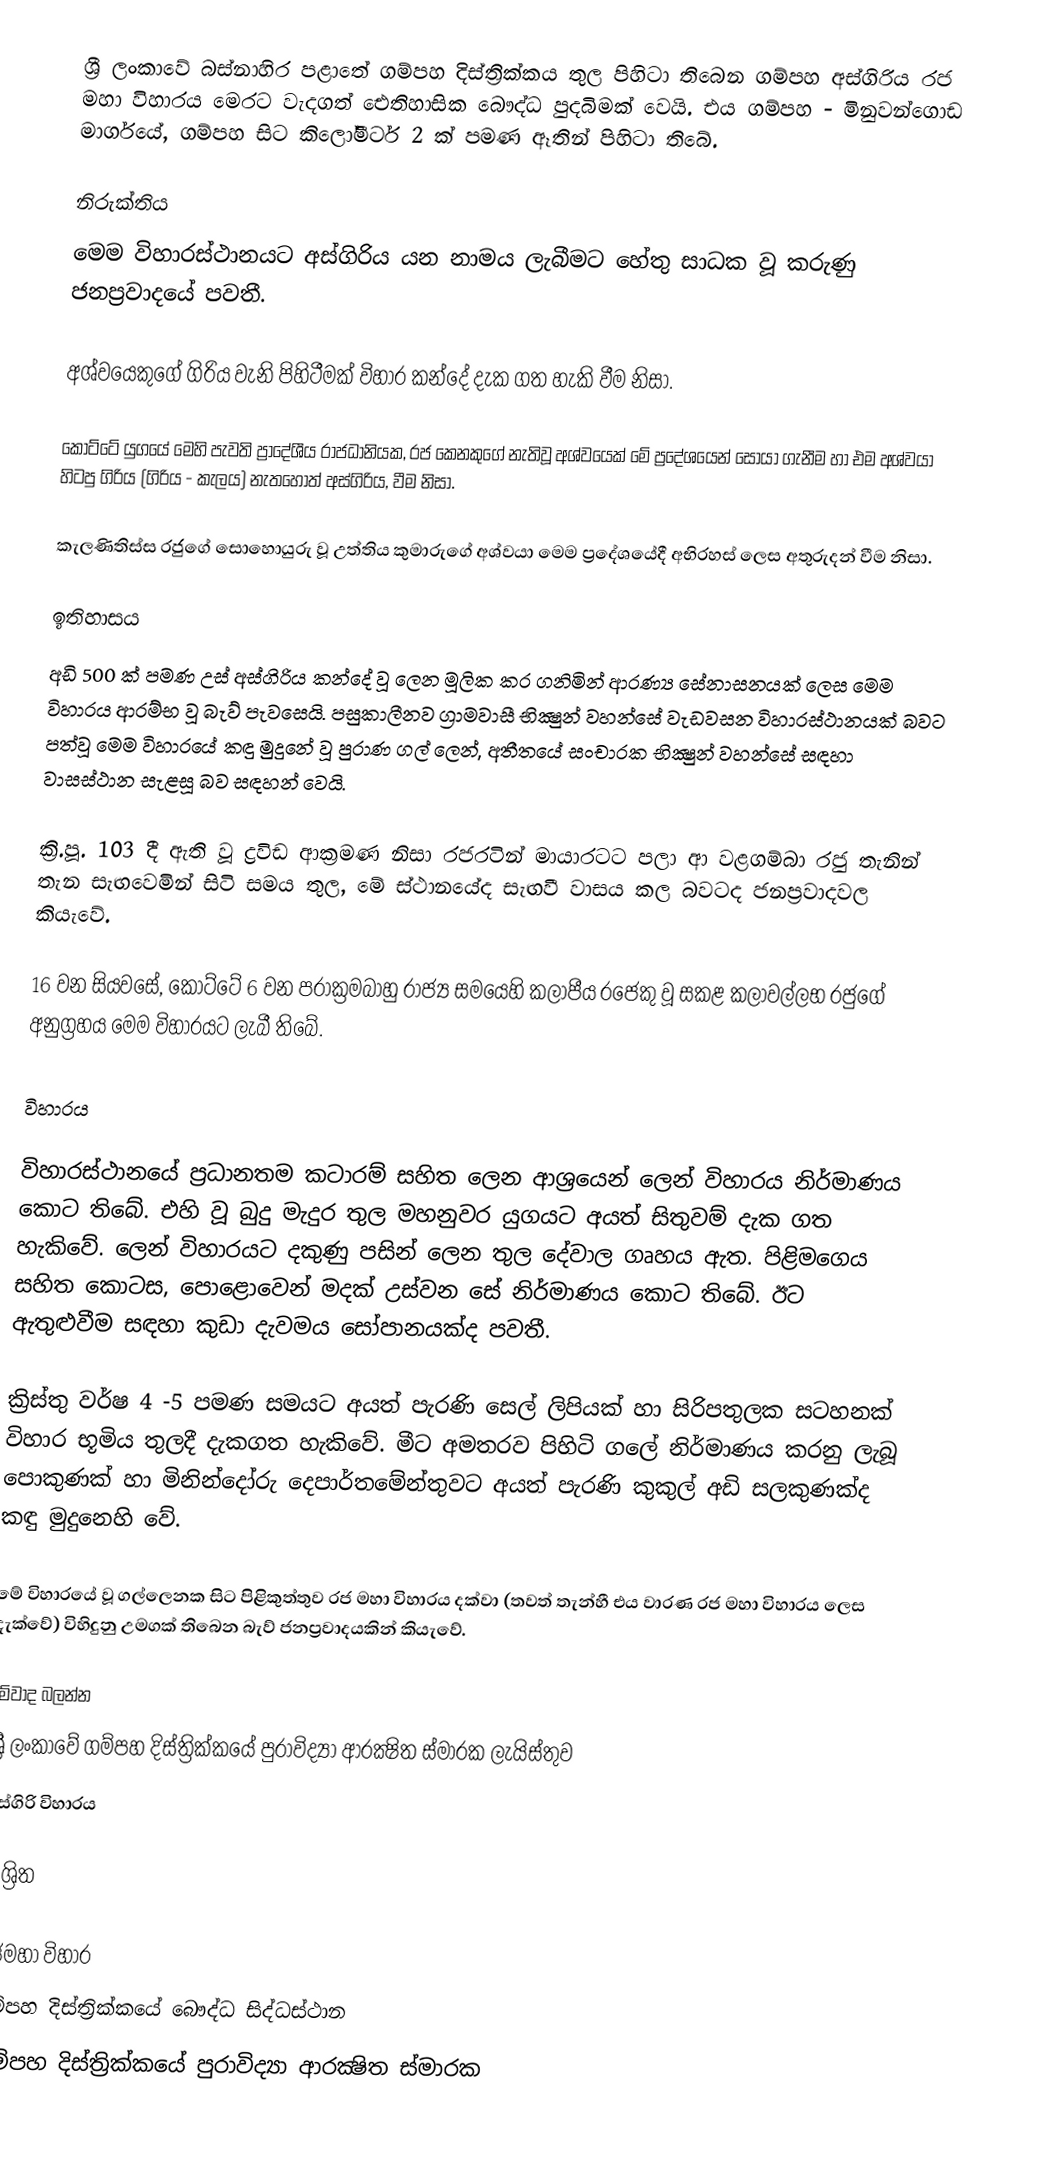
ශ්‍රී ලංකාවේ බස්නාහිර පළාතේ ගම්පහ දිස්ත්‍රික්කය තුල පිහිටා තිබෙන ගම්පහ අස්ගිරිය රජ මහා විහාරය මෙරට වැදගත් ඓතිහාසික බෞද්ධ පුදබිමක් වෙයි. එය ගම්පහ - මිනුවන්ගොඩ මාර්ගයේ, ගම්පහ සිට කිලෝමීටර් 2 ක් පමණ ඈතින් පිහිටා තිබේ.

නිරුක්තිය
මෙම විහාරස්ථානයට අස්ගිරිය යන නාමය ලැබීමට හේතු සාධක වූ කරුණු ජනප්‍රවාදයේ පවතී.

අශ්වයෙකුගේ ගිරිය වැනි පිහිටීමක් විහාර කන්දේ දැක ගත හැකි වීම නිසා.

කෝට්ටේ යුගයේ මෙහි පැවති ප්‍රාදේශීය රාජධානියක, රජ කෙනකුගේ නැතිවූ අශ්වයෙක් මේ ප්‍රදේශයෙන් සොයා ගැනීම හා එම අශ්වයා හිටපු ගිරිය (ගිරිය - කැලය) නැතහොත් අස්ගිරිය, වීම නිසා.

කැලණිතිස්ස රජුගේ සොහොයුරු වූ උත්තිය කුමාරුගේ අශ්වයා මෙම ප්‍රදේශයේදී අභිරහස් ලෙස අතුරුදන් වීම නිසා.

ඉතිහාසය
අඩි 500 ක් පමණ උස් අස්ගිරිය කන්දේ වූ ලෙන මූලික කර ගනිමින් ආරණ්‍ය සේනාසනයක් ලෙස මෙම විහාරය ආරම්භ වූ බැව් පැවසෙයි. පසුකාලීනව ග්‍රාමවාසී භික්‍ෂුන් වහන්සේ වැඩවසන විහාරස්ථානයක් බවට පත්වූ මෙම විහාරයේ කඳු මුදුනේ වූ පුරාණ ගල් ලෙන්, අතීතයේ සංචාරක භික්‍ෂුන් වහන්සේ සඳහා වාසස්ථාන සැළසූ බව සඳහන් වෙයි.

ක්‍රි.පූ. 103 දී ඇති වූ ද්‍රවිඩ ආක්‍රමණ නිසා රජරටින් මායාරටට පලා ආ වළගම්බා රජු තැනින් තැන සැඟවෙමින් සිටි සමය තුල, මේ ස්ථානයේද සැඟවී වාසය කල බවටද ජනප්‍රවාදවල කියැවේ.

16 වන සියවසේ, කෝට්ටේ 6 වන පරාක්‍රමබාහු රාජ්‍ය සමයෙහි කලාපීය රජෙකු වූ සකළ කලාවල්ලභ රජුගේ අනුග්‍රහය මෙම විහාරයට ලැබී තිබේ.

විහාරය

විහාරස්ථානයේ ප්‍රධානතම කටාරම් සහිත ලෙන ආශ්‍රයෙන් ලෙන් විහාරය නිර්මාණය කොට තිබේ. එහි වූ බුදු මැදුර තුල මහනුවර යුගයට අයත් සිතුවම් දැක ගත හැකිවේ. ලෙන් විහාරයට දකුණු පසින් ලෙන තුල දේවාල ගෘහය ඇත. පිළිමගෙය සහිත කොටස, පොළොවෙන් මදක් උස්වන සේ නිර්මාණය කොට තිබේ. ඊට ඇතුළුවීම සඳහා කුඩා දැවමය සෝපානයක්ද පවතී.

ක්‍රිස්තු වර්ෂ 4 -5 පමණ සමයට අයත් පැරණි සෙල් ලිපියක් හා සිරිපතුලක සටහනක් විහාර භූමිය තුලදී දැකගත හැකිවේ. මීට අමතරව පිහිටි ගලේ නිර්මාණය කරනු ලැබූ පොකුණක් හා මිනින්දෝරු දෙපාර්තමේන්තුවට අයත් පැරණි කුකුල් අඩි සලකුණක්ද කඳු මුදුනෙහි වේ.

මේ විහාරයේ වූ ගල්ලෙනක සිට පිළිකුත්තුව රජ මහා විහාරය දක්වා (තවත් තැන්හී එය වාරණ රජ මහා විහාරය ලෙස දැක්වේ) විහිදුනු උමගක් තිබෙන බැව් ජනප්‍රවාදයකින් කියැවේ.

මේවාද බලන්න
 ශ්‍රී ලංකාවේ ගම්පහ දිස්ත්‍රික්කයේ පුරාවිද්‍යා ආරක්‍ෂිත ස්මාරක ලැයිස්තුව
 අස්ගිරි විහාරය

ආශ්‍රිත

රජමහා විහාර
ගම්පහ දිස්ත්‍රික්කයේ බෞද්ධ සිද්ධස්ථාන‎
ගම්පහ දිස්ත්‍රික්කයේ පුරාවිද්‍යා ආරක්‍ෂිත ස්මාරක